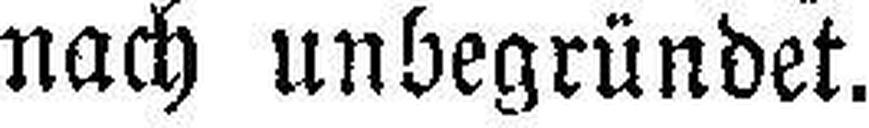
nach unbegründet.